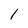
Character: l